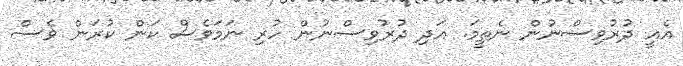
އެއީ ދުރުވިސްނުން ނެތީމަ. އަދި ދުރުވިސްނުން ހުރި ނަމަވެސް ކަން ކުރަން ވެސް